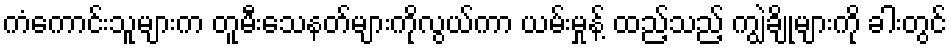
ကံကောင်းသူများက တူမီးသေနတ်များကိုလွယ်ကာ ယမ်းမှုန့် ထည့်သည့် ကျွဲချိုများကို ခါးတွင်